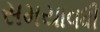
સમયાવધી